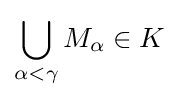
\bigcup _{\alpha <\gamma }M_{\alpha }\in K